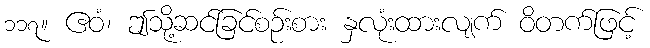
၁၁၇။ ဧဝံ၊ ဤသို့ဆင်ခြင်စဉ်းစား နှလုံးထားလျက် ဝိတက်ဖြင့်